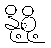
နို့စို့